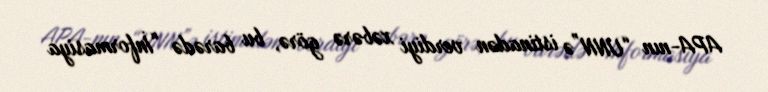
APA-nın “UNN”ə istinadən verdiyi xəbərə görə, bu barədə “İnformasiya